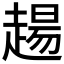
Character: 𧼮